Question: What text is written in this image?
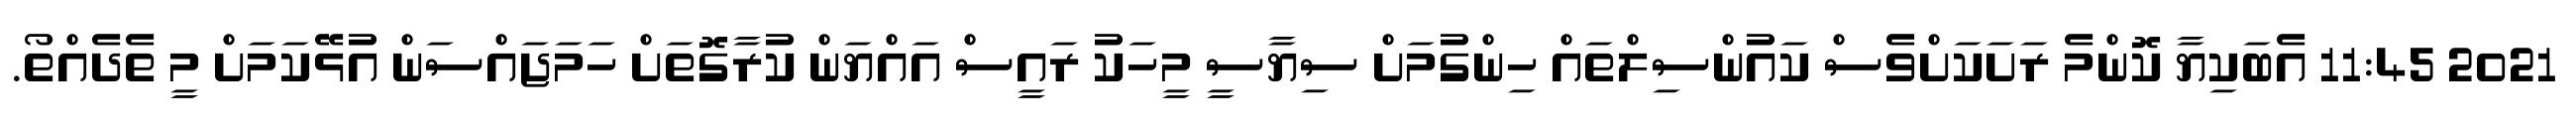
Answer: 2021 11:45 އެބަކިޔާ ކޮންމެ ރަށަކަށްވެސް ކައުންސިލްތައް ހިންގުމަށް ސިޔާސީ މީހަކު ރައީސް އައްޔަން ކުރާގޮތަށް ހަމަޖައްސަން އުޅޭކަމަށް މީ ތެދެއްތޯ.